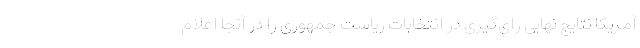
آمریکا نتایج نهایی رای‌گیری در انتخابات ریاست جمهوری را در آنجا اعلام